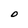
Character: O